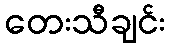
တေးသီချင်း